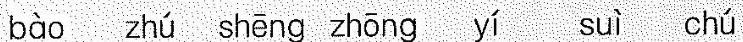
bào zhú shēng zhōng yī suì chú